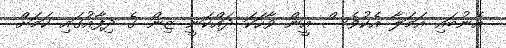
އެނުބައި އަމަލާ އެކުވެސް އީން ވާހަކަ ދައްކަނީ ޒިން ގެ ދިފާއުގައި ކަމަށް